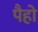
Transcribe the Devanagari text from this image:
पैहो